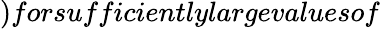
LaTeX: )forsufficientlylargevaluesof